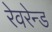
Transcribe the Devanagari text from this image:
रेवरेन्ड